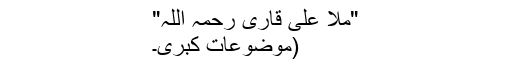
"ملا علی قاری رحمہ اللہ"
(موضوعات کبری۔